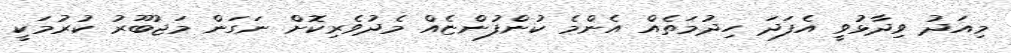
މިއަދު ވިދާޅުވީ އެފަދަ ހިދުމަތެއް އެންމެ ކުންފުންޏެއް މެދުވެރިކޮށް ނަގަން މަޖުބޫރު ކުރުމަކީ